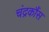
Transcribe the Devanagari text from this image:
चंद्रकौंस